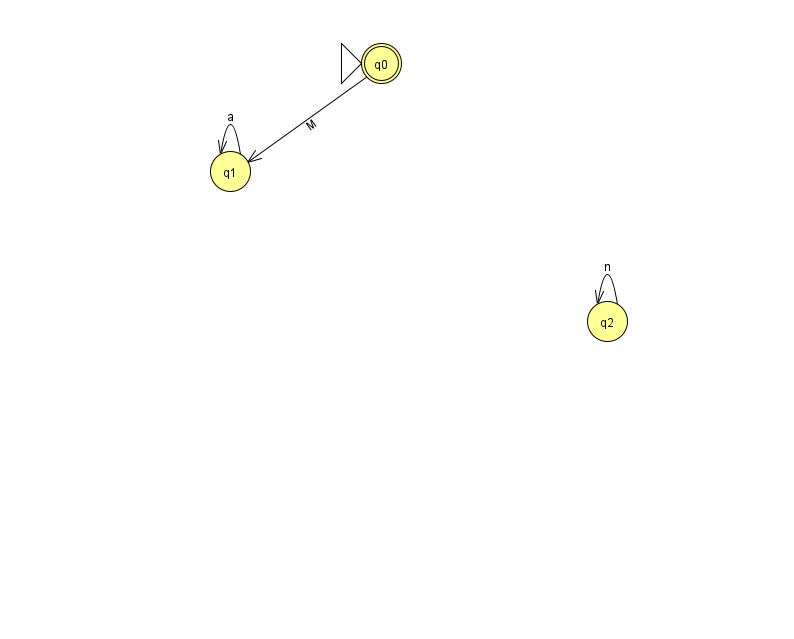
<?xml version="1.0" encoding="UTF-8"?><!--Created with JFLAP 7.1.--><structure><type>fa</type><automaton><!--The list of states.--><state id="0" name="q0"><x>381.0</x><y>50.0</y><initial/><final/></state><state id="1" name="q1"><x>230.0</x><y>158.0</y></state><state id="2" name="q2"><x>607.0</x><y>308.0</y></state><!--The list of transitions.--><transition><from>1</from><to>1</to><read>a</read></transition><transition><from>0</from><to>1</to><read>M</read></transition><transition><from>2</from><to>2</to><read>n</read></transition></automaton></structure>